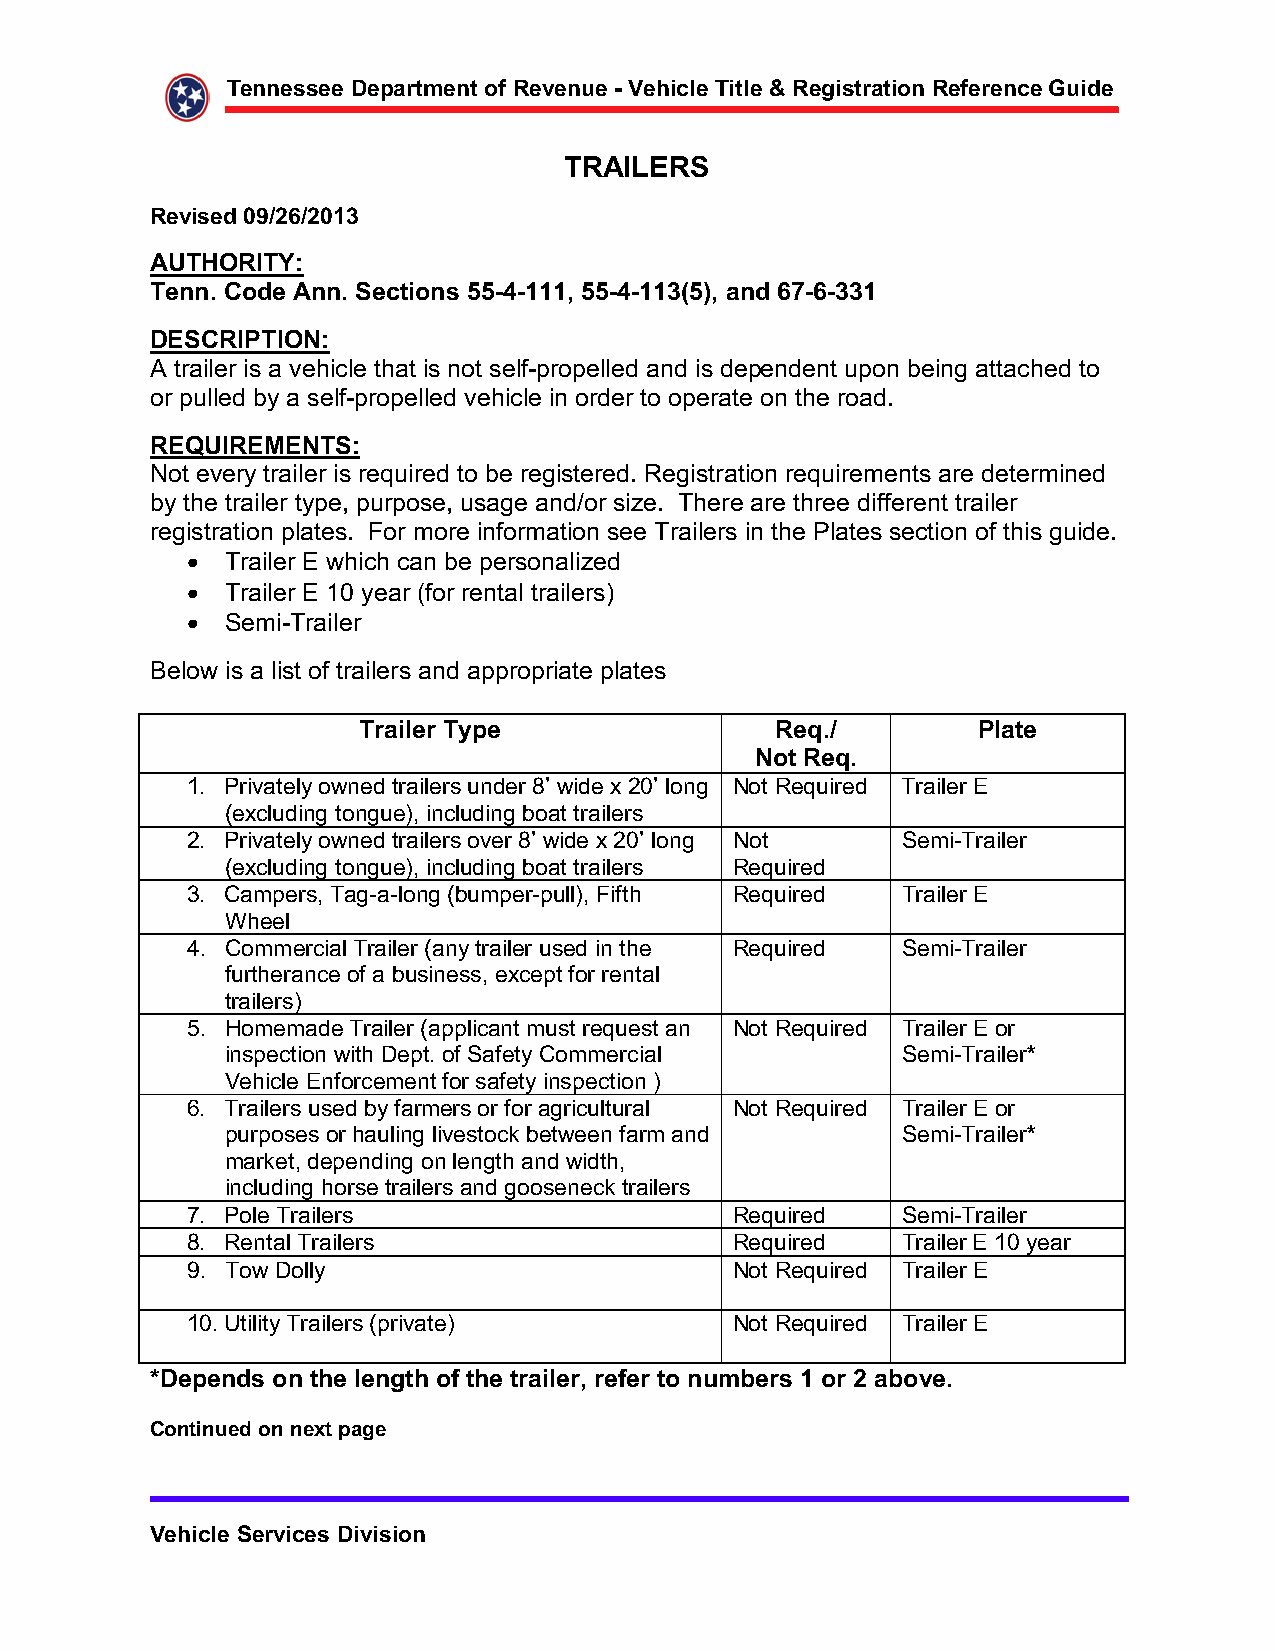
!""!##!!$%!&'()*!")$+,$-!.!"/!$0$1!2345!$ 3)5!$6$-!73#)(')3+"$-!,!(!"4!$8/39!$$$$$$$$$$$
 -;<=>-:$
 -!.3#!9$?@ABCAB?DE$
 $
 ;F GH-< IJ$
 !""K$L+9!$;""K$:!4)3+"#$MM0N0DDDO$MM0N0DDEPMQO$'"9$CR0C0EED$
 %>:L-<S <HTJ$
 A trailer is a vehicle that is not self-propelled and is dependent upon being attached to
 or pulled by a self-propelled vehicle in order to operate on the road.
 $
 ->UF<->V>T  :J$
 Not every trailer is required to be registered. Registration requirements are determined
 by the trailer type, purpose, usage and/or size. There are three different trailer
 registration plates. For more information see Trailers in the Plates section of this guide.
 Trailer E which can be personalized
 Trailer E 10 year (for rental trailers)
 Semi-Trailer
 Below is a list of trailers and appropriate plates
 ('35!($ W&!$              -!XKA$        S5')!$
 T+)$-!XK$
 1. Privately owned trailers under 8’ wide x 20’ long Not Required Trailer E
 (excluding tongue), including boat trailers
 2. Privately owned trailers over 8’ wide x 20’ long Not Semi-Trailer
 (excluding tongue), including boat trailers Required
 3. Campers, Tag-a-long (bumper-pull), Fifth Required Trailer E
 Wheel
 4. Commercial Trailer (any trailer used in the Required Semi-Trailer
 furtherance of a business, except for rental
 trailers)
 5. Homemade Trailer (applicant must request an Not Required Trailer E or
 inspection with Dept. of Safety Commercial   Semi-TrailerY
 Vehicle Enforcement for safety inspection )
 6. Trailers used by farmers or for agricultural Not Required Trailer E or
 purposes or hauling livestock between farm and Semi-TrailerY
 market, depending on length and width,
 including horse trailers and gooseneck trailers
 7. Pole Trailers                     Required   Semi-Trailer
 8. Rental Trailers                   Required   Trailer E 10 year
 9. Tow Dolly                         Not Required Trailer E
 10.Utility Trailers (private)        Not Required Trailer E
 Y%!&!"9#$+"$)2!$5!"7)2$+,$)2!$)('35!(O$(!,!($)+$"/*Z!(#$D$+($B$'Z+.!K$
 $
 L+")3"/!9$+"$"![)$&'7!$
 1!2345!$:!(.34!#$%3.3#3+"$    $